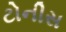
ટોનીસ